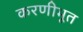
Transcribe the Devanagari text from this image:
करणीभूत